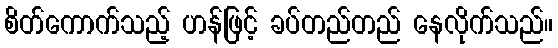
စိတ်ကောက်သည့် ဟန်ဖြင့် ခပ်တည်တည် နေလိုက်သည်။